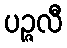
ပဉ္ဇလီ